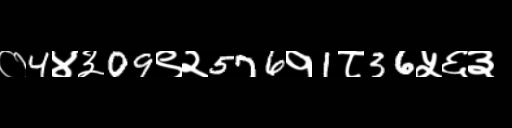
Text: ०4४३09९२576१1८36५६३